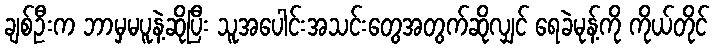
ချစ်ဦးက ဘာမှမပူနဲ့ဆိုပြီး သူအပေါင်းအသင်းတွေအတွက်ဆိုလျှင် ရေခဲမုန့်ကို ကိုယ်တိုင်